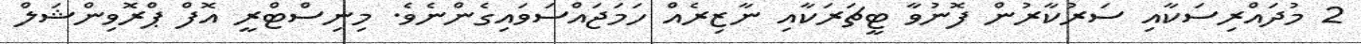
2 މުދައްރިސަކާއި ސަރުކާރުން ފޮނުވާ ޓީޗަރަކާއި ނާޒިރެއް ހަމަޖައްސަވައިގެންނެވެ. މިނިސްޓްރީ އޮފް ޕްރޮވިންޝަލް